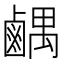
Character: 𫜉